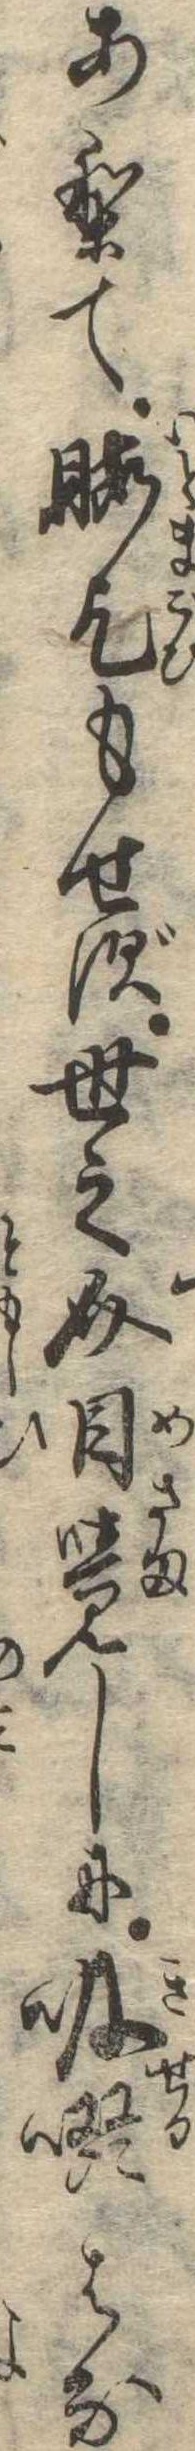
ありて暇乞もせず世之介目覚しに吸啜はな